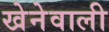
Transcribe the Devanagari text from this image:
खेनेवाली